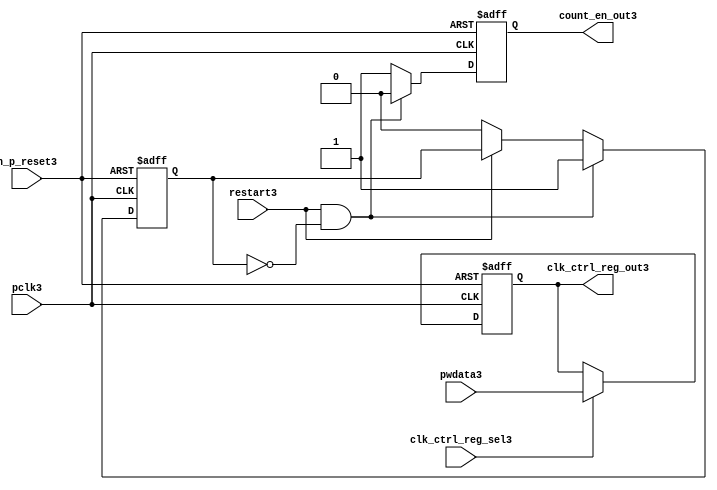
//File3 name   : ttc_count_rst_lite3.v
//Title3       : 
//Created3     : 1999
//Description3 : TTC3 counter reset block
//Notes3       : 
//----------------------------------------------------------------------
//   Copyright3 1999-2010 Cadence3 Design3 Systems3, Inc3.
//   All Rights3 Reserved3 Worldwide3
//
//   Licensed3 under the Apache3 License3, Version3 2.0 (the
//   "License3"); you may not use this file except3 in
//   compliance3 with the License3.  You may obtain3 a copy of
//   the License3 at
//
//       http3://www3.apache3.org3/licenses3/LICENSE3-2.0
//
//   Unless3 required3 by applicable3 law3 or agreed3 to in
//   writing, software3 distributed3 under the License3 is
//   distributed3 on an "AS3 IS3" BASIS3, WITHOUT3 WARRANTIES3 OR3
//   CONDITIONS3 OF3 ANY3 KIND3, either3 express3 or implied3.  See
//   the License3 for the specific3 language3 governing3
//   permissions3 and limitations3 under the License3.
//----------------------------------------------------------------------

module ttc_count_rst_lite3(

  //inputs3
  n_p_reset3,                             
  pclk3, 
  pwdata3,                                                           
  clk_ctrl_reg_sel3,
  restart3,        

  //outputs3
  count_en_out3,
  clk_ctrl_reg_out3

  );


//-----------------------------------------------------------------------------
// PORT DECLARATIONS3
//-----------------------------------------------------------------------------

   // inputs3
   input n_p_reset3;                 // Reset3 signal3
   input pclk3;                    // APB3 System3 clock3
   input [6:0] pwdata3;           // 7-Bit3 pwdata3 from APB3 interface
   input clk_ctrl_reg_sel3;        // Select3 for the clk_ctrl_reg3
   input restart3;                 // Restart3 reset from cntr_ctrl_reg3

   // outputs3
   output count_en_out3;
   output [6:0] clk_ctrl_reg_out3; // Controls3 clock3 selected


//-----------------------------------------------------------------------------
// Internal Signals3 & Registers3
//-----------------------------------------------------------------------------


   
   reg [6:0]    clk_ctrl_reg3;     //7-bit clock3 control3 register.
   
   reg          restart_var3;      //ensures3 prescaler3 reset at start of restart3 
   
   reg          count_en3;         //enable signal3 to counter

   
   wire [6:0]   clk_ctrl_reg_out3; //clock3 control3 output wire
   wire         count_en_out3;     //counter enable output
   
   
//-----------------------------------------------------------------------------
// Logic3 Section3:


//
//    p_clk_ctrl3: Process3 to implement the clk_ctrl_reg3.  
//                When3 select3 line is set then3 the data will be inserted3 to 
//                the clock3 control3 register, otherwise3 it will be equal3 to 
//                the previous value of the register, else it will be zero.
//-----------------------------------------------------------------------------

   assign clk_ctrl_reg_out3  = clk_ctrl_reg3;
   assign count_en_out3      = count_en3;


//    p_ps_counter3: counter for clock3 enable generation3.
   
   always @(posedge pclk3 or negedge n_p_reset3)
   begin: p_ps_counter3
      
      if (!n_p_reset3)
      begin
         restart_var3  <= 1'b0;
         count_en3     <= 1'b0;
      end
      else
      begin
         if (restart3 & ~restart_var3)
         begin
            restart_var3  <= 1'b1;
            count_en3     <= 1'b0;
         end 
         
         else 
           begin
              
              if (~restart3)
                 restart_var3 <= 1'b0;
              else
                 restart_var3 <= restart_var3;
                 
              count_en3     <= 1'b1;        
              
           end
      end // else: !if(!n_p_reset3)      
  
   end  //p_ps_counter3



// p_clk_ctrl3 : Process3 for writing to the clk_ctrl_reg3
   
   always @ (posedge pclk3 or negedge n_p_reset3)
   begin: p_clk_ctrl3
      
      if (!n_p_reset3)
         clk_ctrl_reg3 <= 7'h00;
      else
      begin 

         if (clk_ctrl_reg_sel3)
            clk_ctrl_reg3 <= pwdata3;
         else
            clk_ctrl_reg3 <= clk_ctrl_reg3;

      end 
      
   end  //p_clk_ctrl3

   
endmodule